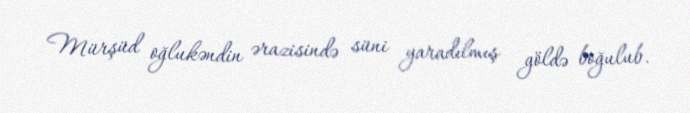
Mürşüd oğlukəndin ərazisində süni yaradılmış göldə boğulub.